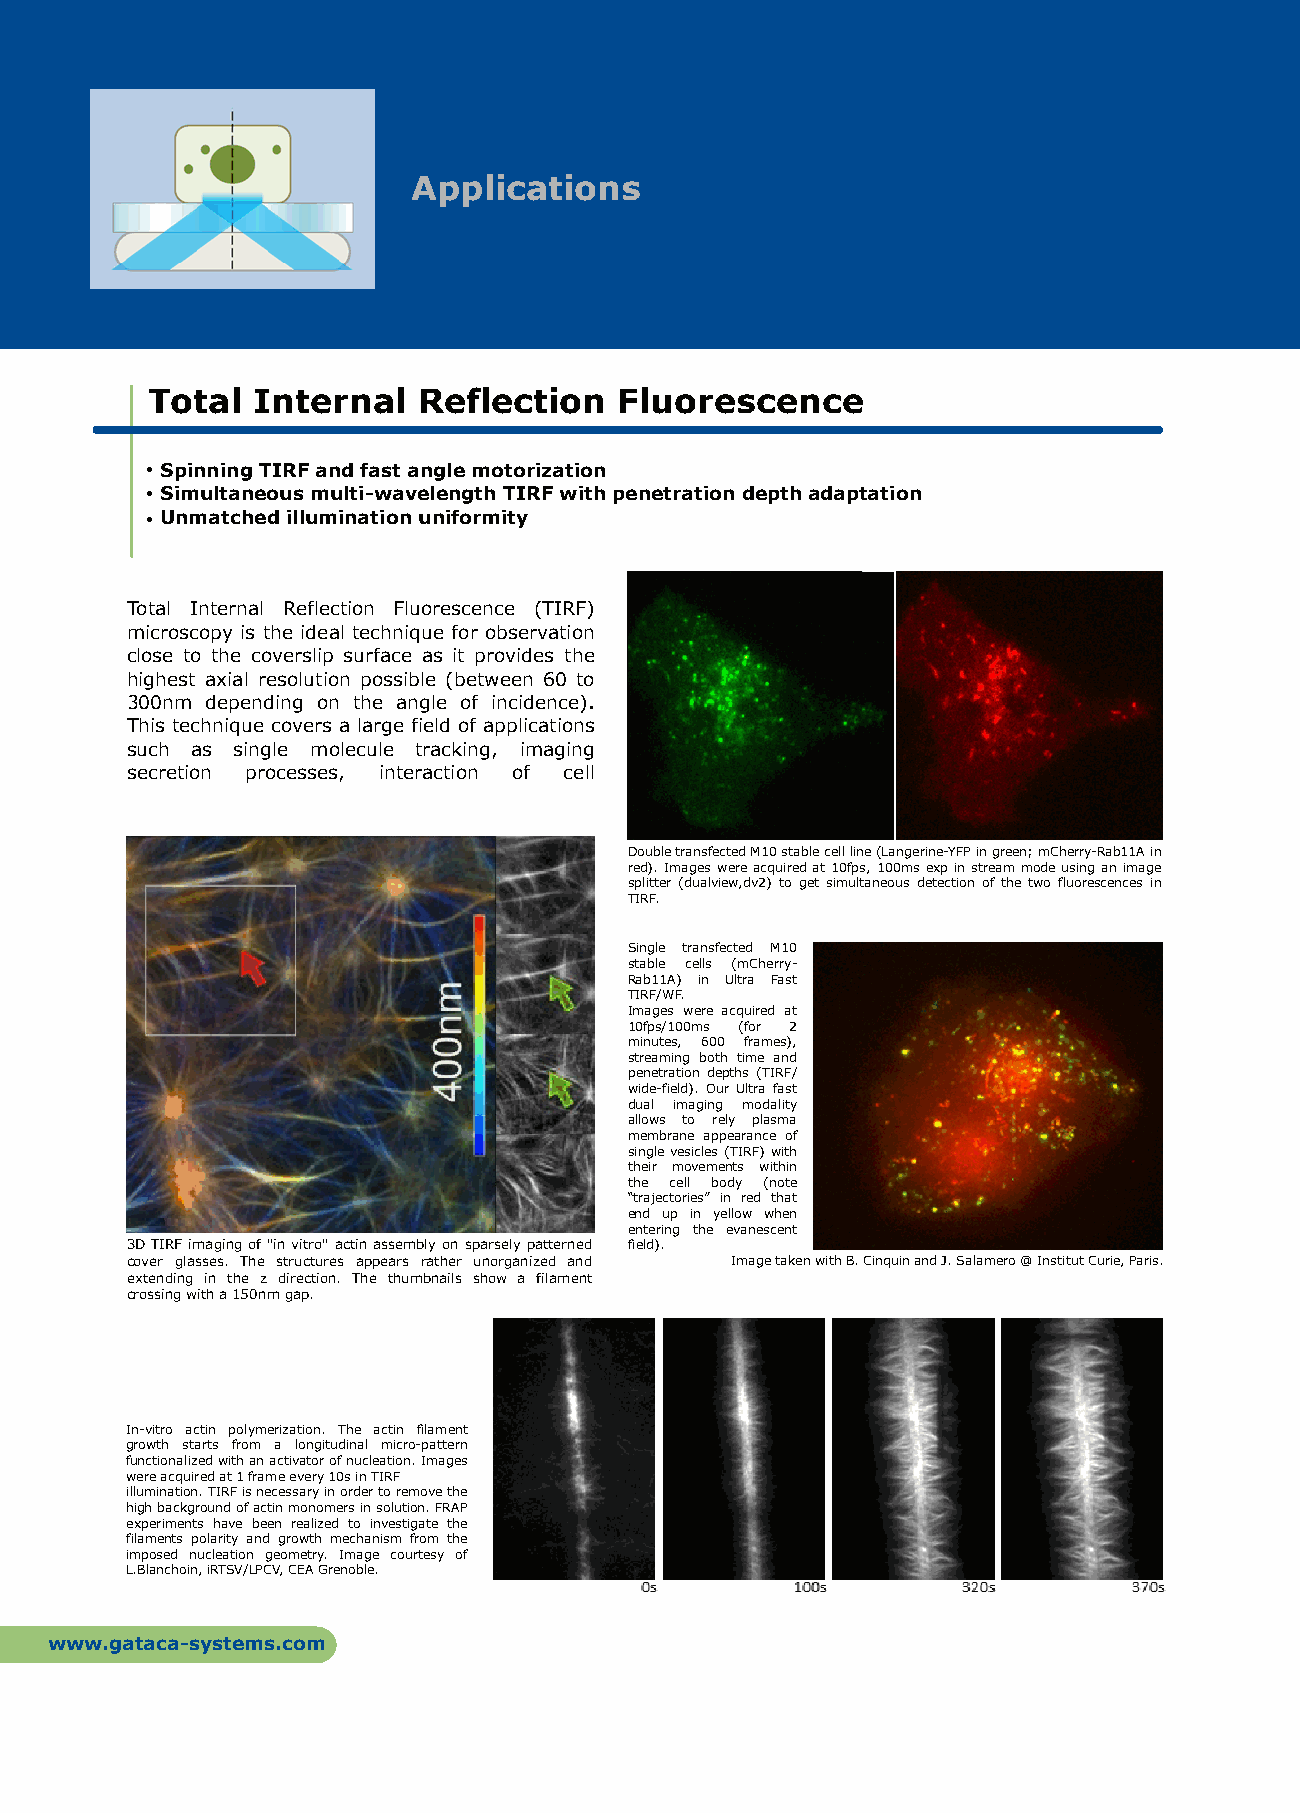
Applications
 Total  Internal   Reflection   Fluorescence
 Spinning TIRF and fast angle motorization
 Simultaneous multi-wavelength TIRF with penetration depth adaptation
 Unmatched illumination uniformity
 Total Internal Reflection Fluorescence (TIRF)
 microscopy is the ideal technique for observation
 close to the coverslip surface as it provides the
 highest axial resolution possible (between 60 to
 300nm depending on the angle of incidence).
 This technique covers a large field of applications
 such as single molecule tracking, imaging
 secretion processes, interaction of cell
 Double transfected M10 stable cell line (Langerine-YFP in green; mCherry-Rab11A in
 red). Images were acquired at 10fps, 100ms exp in stream mode using an image
 splitter (dualview,dv2) to get simultaneous detection of the two fluorescences in
 TIRF.
 Single transfected M10
 stable cells (mCherry-
 Rab11A) in Ultra Fast
 TIRF/WF.
 Images were acquired at
 10fps/100ms (for 2
 minutes, 600 frames),
 streaming both time and
 penetration depths (TIRF/
 wide-field). Our Ultra fast
 dual imaging modality
 allows to rely plasma
 membrane appearance of
 single vesicles (TIRF) with
 their movements within
 the cell body (note
 “trajectories” in red that
 end up in yellow when
 entering the evanescent
 3D TIRF imaging of "in vitro" actin assembly on sparselypatterned field).
 cover glasses. The structures appears rather unorganized and Image taken with B. Cinquin and J. Salamero @ Institut Curie, Paris.
 extending in the z direction. The thumbnails show a filament
 crossing with a 150nm gap.
 In-vitro actin polymerization. The actin filament
 growth starts from a longitudinal micro-pattern
 functionalized with an activator of nucleation. Images
 were acquired at 1 frame every 10s in TIRF
 illumination. TIRF is necessary in order to remove the
 high background of actin monomers in solution. FRAP
 experiments have been realized to investigate the
 filaments polarity and growth mechanism from the
 imposed nucleation geometry. Image courtesy of
 L.Blanchoin, iRTSV/LPCV, CEA Grenoble.
 www.gataca-systems.com